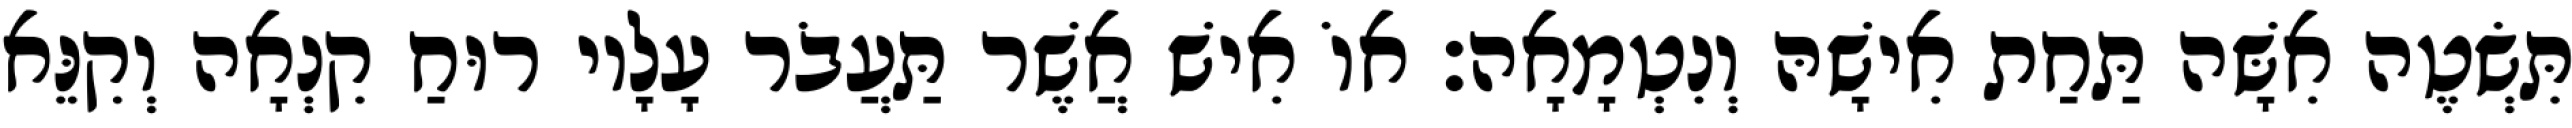
תִּשְׂטֶה אִשָּׁה תַּחַת אִישָׁהּ וְנִטְמָאָה׃ אוֹ אִישׁ אֲשֶׁר תַּעֲבֹר עָלָיו רוּחַ קִנְאָה וְקִנֵּא